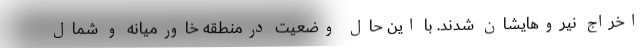
اخراج نیروهایشان شدند. با این حال وضعیت درمنطقه خاورمیانه و شمال